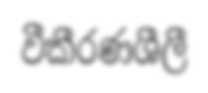
වීකීරණශීලී